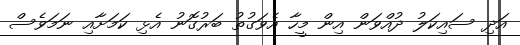
އަދި ސައިކަލު ދުއްވަން އިން މީހާ އެވަގުތު ބަރުގޮނު އެޅި ކަމަށާއި ނަމަވެސް